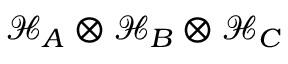
{ \mathcal { H } } _ { A } \otimes { \mathcal { H } } _ { B } \otimes { \mathcal { H } } _ { C }